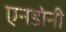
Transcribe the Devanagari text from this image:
एनडोनी